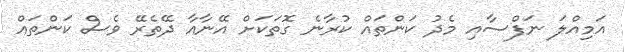
އަމިއްލަ ނަފްސާއި މެދު ކަންތައް ކުރާނެ ގޮތަކަށް އޭނާއާ ދޭތެރޭ ވެސް ކަންތައް